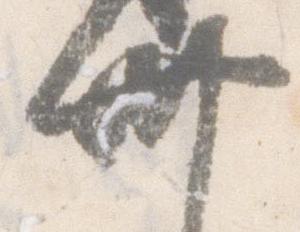
卅